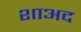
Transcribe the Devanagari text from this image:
शाअद